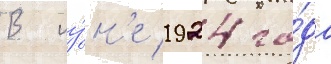
В иу́н'е 1924 го́да